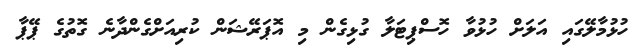
ހުޅުމާލޭގައި އަލަށް ހުޅުވާ ހޮސްޕިޓަލާ ގުޅިގެން މި އޮޕަރޭޝަން ކުރިއަށްގެންދާނެ ގޮތުގެ ޕޭޕާ